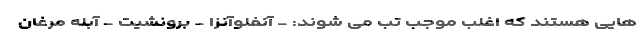
هایی هستند که اغلب موجب تب می شوند: - آنفلوآنزا - برونشیت - آبله مرغان